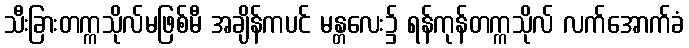
သီးခြားတက္ကသိုလ်မဖြစ်မီ အချိန်ကပင် မန္တလေး၌ ရန်ကုန်တက္ကသိုလ် လက်အောက်ခံ